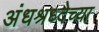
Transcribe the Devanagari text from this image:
अंधश्रध्देच्या